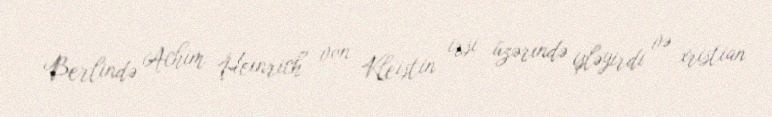
Berlində Achim Heinrich von Kleistin irsi üzərində işləyirdi və xristian